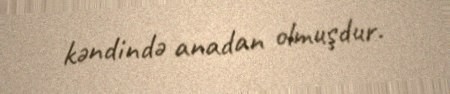
kəndində anadan olmuşdur.